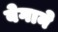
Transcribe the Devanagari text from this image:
बेगाने